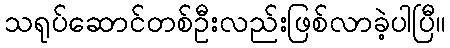
သရုပ်ဆောင်တစ်ဦးလည်းဖြစ်လာခဲ့ပါပြီ။